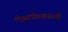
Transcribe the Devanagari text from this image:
लेझरडिस्कसाठी